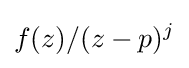
f(z)/(z-p)^{j}